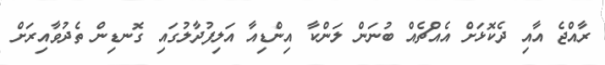
ރާއްޖެ އާއި ދެކޮޅަށް އެއްޗެއް ބުނަން ލަންކާ އިންޑިއާ އަލިފުދާލުގައި ގޮނޑިން ތެދުވާއިރަށް